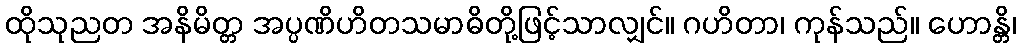
ထိုသုညတ အနိမိတ္တ အပ္ပဏိဟိတသမာဓိတို့ဖြင့်သာလျှင်။ ဂဟိတာ၊ ကုန်သည်။ ဟောန္တိ၊